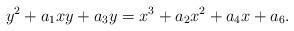
LaTeX: \begin{align*}y^2 + a_1 xy + a_3 y = x^3 + a_2 x^2 + a_4 x + a_6.\end{align*}